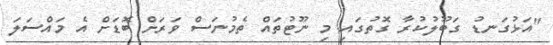
"އަޅުގަނޑު ގަބޫލުކުރާ ގޮތުގައި މި ނޫޓުތައް ތެމުނަސް ވަރަށް ބޮޑަށް އެ މައްސަލަ